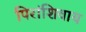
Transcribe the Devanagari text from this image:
पिरांशिवाय